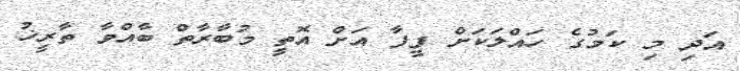
އަދި މި ކަމުގެ ހައްލަކަށް ފީފާ އަށް އޮތީ މުބާރާތް ބާއްވާ ތާރީޚު